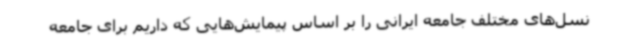
نسل‌های مختلف جامعه ایرانی را بر اساس پیمایش‌هایی که داریم برای جامعه